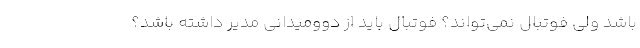
باشد ولی فوتبال نمی‌تواند؟ فوتبال باید از دوومیدانی مدیر داشته باشد؟